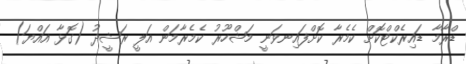
ޑްރާމާ ޑައިރެކްޓްކޮށް ކެމެރާ ކޮށްފައިނވަނީ މަޝްހޫރު ކެމެރާމަން އަލީ ރަޝީދު (ގޮޅާ އައްޔަ)